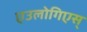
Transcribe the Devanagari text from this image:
एउलोगिएस्